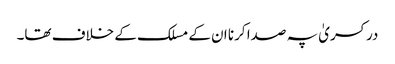
در کسریٰ پہ صدا کرنا ان کے مسلک کے خلاف تھا۔